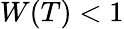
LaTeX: W(T)<1